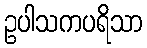
ဥပါသကပရိသာ